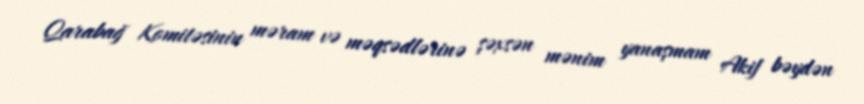
Qarabağ Komitəsinin məram və məqsədlərinə şəxsən mənim yanaşmam Akif bəydən